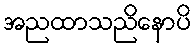
အညထာသညိနောပိ